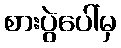
စားပွဲပေါ်မှ